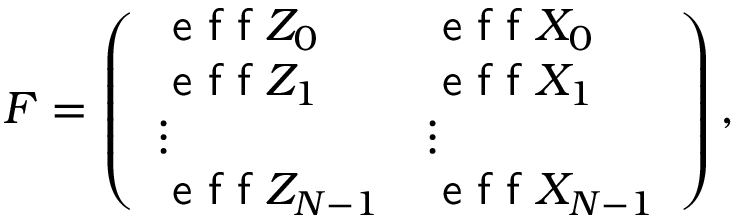
\begin{array} { r } { F = \left( \begin{array} { l l } { \textsf { e f f } Z _ { 0 } } & { \textsf { e f f } X _ { 0 } } \\ { \textsf { e f f } Z _ { 1 } } & { \textsf { e f f } X _ { 1 } } \\ { \vdots } & { \vdots } \\ { \textsf { e f f } Z _ { N - 1 } } & { \textsf { e f f } X _ { N - 1 } } \end{array} \right) , } \end{array}